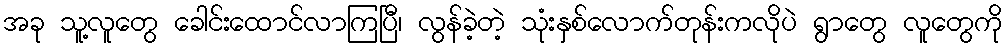
အခု သူ့လူတွေ ခေါင်းထောင်လာကြပြီ၊ လွန်ခဲ့တဲ့ သုံးနှစ်လောက်တုန်းကလိုပဲ ရွာတွေ လူတွေကို